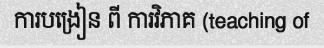
ការបង្រៀន ពី ការវិភាគ (teaching of